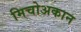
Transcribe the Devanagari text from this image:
मिचोअकान